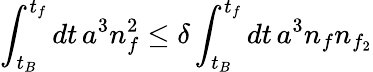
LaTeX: \int_{t_{B}}^{t_{f}}dt\, a^{3}n_{f}^{2}\leq\delta\int_{t_{B}}^{t_{f}}dt\, a^{3}n_{f}n_{f_{2}}